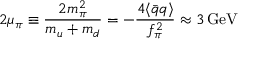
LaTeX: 2 \mu _ { \pi } \equiv \frac { 2 m _ { \pi } ^ { 2 } } { m _ { u } + m _ { d } } = - \frac { 4 \langle \bar { q } q \rangle } { f _ { \pi } ^ { 2 } } \approx 3 \, \mathrm { G e V }